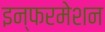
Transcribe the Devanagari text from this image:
इन्फरमेशन